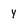
Character: y